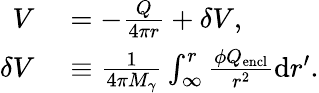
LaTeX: \begin{array}{rl}{V}&{{}=-\frac{Q}{4\pi r}+\delta V,}\\ {\delta V}&{{}\equiv\frac{1}{4\pi M_{\gamma}}\int_{\infty}^{r}\frac{\phi Q_{\mathrm{encl}}}{r^{2}}\mathrm{d}r^{\prime}.}\end{array}